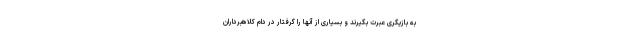
به بازیگری عبرت بگیرند و بسیاری از آنها را گرفتار در دام کلاهبرداران